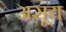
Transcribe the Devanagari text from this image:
असूय